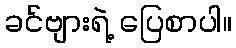
ခင်ဗျားရဲ့ ပြေစာပါ။